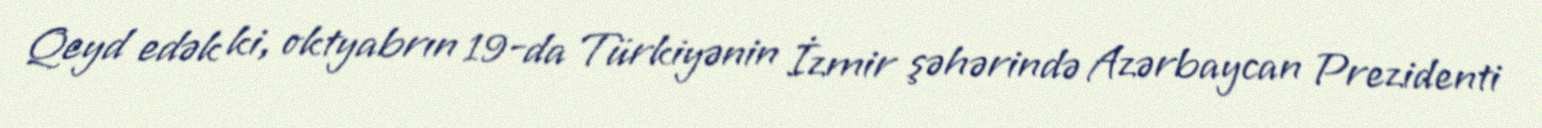
Qeyd edək ki, oktyabrın 19-da Türkiyənin İzmir şəhərində Azərbaycan Prezidenti